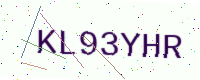
Text: KL93YHR